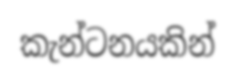
කැන්ටනයකින්